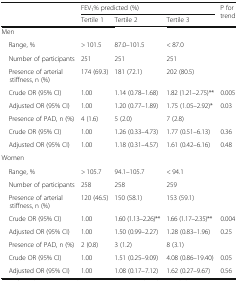
<table><thead><tr><td rowspan="2"></td><td colspan="3"><b>FEV<sub>1</sub>% predicted (%)</b></td><td rowspan="2"><b>P for trend</b></td></tr><tr><td><b>Tertile 1</b></td><td><b>Tertile 2</b></td><td><b>Tertile 3</b></td></tr></thead><tbody><tr><td colspan="5">Men</td></tr><tr><td> Range, %</td><td>&gt; 101.5</td><td>87.0–101.5</td><td>&lt; 87.0</td><td></td></tr><tr><td> Number of participants</td><td>251</td><td>251</td><td>251</td><td></td></tr><tr><td> Presence of arterial stiffness, n (%)</td><td>174 (69.3)</td><td>181 (72.1)</td><td>202 (80.5)</td><td></td></tr><tr><td> Crude OR (95% CI)</td><td>1.00</td><td>1.14 (0.78–1.68)</td><td>1.82 (1.21–2.75)**</td><td>0.005</td></tr><tr><td> Adjusted OR (95% CI)</td><td>1.00</td><td>1.20 (0.77–1.89)</td><td>1.75 (1.05–2.92)*</td><td>0.03</td></tr><tr><td> Presence of PAD, n (%)</td><td>4 (1.6)</td><td>5 (2.0)</td><td>7 (2.8)</td><td></td></tr><tr><td> Crude OR (95% CI)</td><td>1.00</td><td>1.26 (0.33–4.73)</td><td>1.77 (0.51–6.13)</td><td>0.36</td></tr><tr><td> Adjusted OR (95% CI)</td><td>1.00</td><td>1.18 (0.31–4.57)</td><td>1.61 (0.42–6.16)</td><td>0.48</td></tr><tr><td colspan="5">Women</td></tr><tr><td> Range, %</td><td>&gt; 105.7</td><td>94.1–105.7</td><td>&lt; 94.1</td><td></td></tr><tr><td> Number of participants</td><td>258</td><td>258</td><td>259</td><td></td></tr><tr><td> Presence of arterial stiffness, n (%)</td><td>120 (46.5)</td><td>150 (58.1)</td><td>153 (59.1)</td><td></td></tr><tr><td> Crude OR (95% CI)</td><td>1.00</td><td>1.60 (1.13–2.26)**</td><td>1.66 (1.17–2.35)**</td><td>0.004</td></tr><tr><td> Adjusted OR (95% CI)</td><td>1.00</td><td>1.50 (0.99–2.27)</td><td>1.28 (0.83–1.96)</td><td>0.25</td></tr><tr><td> Presence of PAD, n (%)</td><td>2 (0.8)</td><td>3 (1.2)</td><td>8 (3.1)</td><td></td></tr><tr><td> Crude OR (95% CI)</td><td>1.00</td><td>1.51 (0.25–9.09)</td><td>4.08 (0.86–19.40)</td><td>0.05</td></tr><tr><td> Adjusted OR (95% CI)</td><td>1.00</td><td>1.08 (0.17–7.12)</td><td>1.62 (0.27–9.67)</td><td>0.56</td></tr></tbody></table>